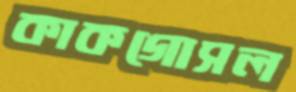
কাকগোসল